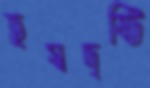
হ্রস্বদৃষ্টি